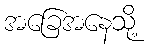
အခြေအနေသို့